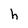
Character: h